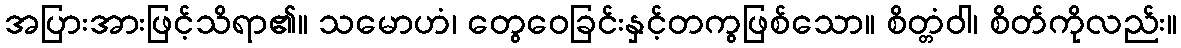
အပြားအားဖြင့်သိရာ၏။ သမောဟံ၊ တွေဝေခြင်းနှင့်တကွဖြစ်သော။ စိတ္တံဝါ၊ စိတ်ကိုလည်း။